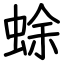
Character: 蜍